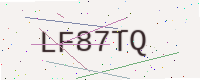
Text: LF87TQ